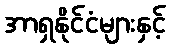
အာရှနိုင်ငံများနှင့်